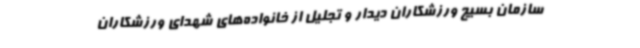
سازمان بسیج ورزشکاران دیدار و تجلیل از خانواده‌های شهدای ورزشکاران